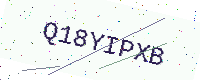
Text: Q18YIPXB